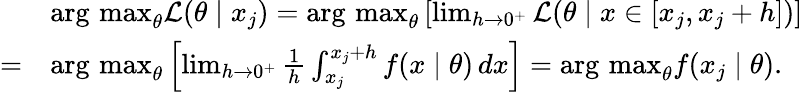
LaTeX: {\begin{array}{rl}&{\mathop{\operatorname{arg\, max}}_{\theta}{\mathcal{L}}(\theta\mid x_{j})=\mathop{\operatorname{arg\, max}}_{\theta}\left[\operatorname*{lim}_{h\to 0^{+}}{\mathcal{L}}(\theta\mid x\in[x_{j},x_{j}+h])\right]}\\ {=}&{\mathop{\operatorname{arg\, max}}_{\theta}\left[\operatorname*{lim}_{h\to 0^{+}}{\frac{1}{h}}\int_{x_{j}}^{x_{j}+h}f(x\mid\theta)\, dx\right]=\mathop{\operatorname{arg\, max}}_{\theta}f(x_{j}\mid\theta).}\end{array}}